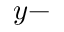
y -